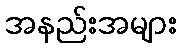
အနည်းအများ